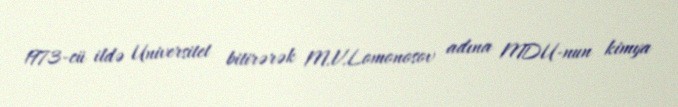
1973-cü ildə Universitet bitirərək M.V.Lomonosov adına MDU-nun kimya